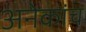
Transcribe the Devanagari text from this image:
अनेकांच